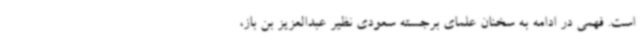
است. فهمی در ادامه به سخنان علمای برجسته سعودی نظیر عبدالعزیز بن باز،